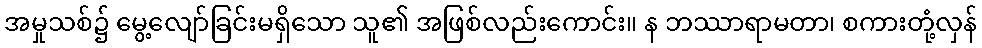
အမှုသစ်၌ မွေ့လျော်ခြင်းမရှိသော သူ၏ အဖြစ်လည်းကောင်း။ န ဘဿာရာမတာ၊ စကားတုံ့လှန်